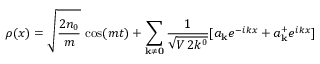
\rho ( x ) = \sqrt { { \frac { 2 n _ { 0 } } { m } } } \, \cos ( m t ) + \sum _ { { \bf k } \ne { \bf 0 } } { \frac { 1 } { \sqrt { V \, 2 k ^ { 0 } } } } [ a _ { \bf k } e ^ { - i k x } + a _ { \bf k } ^ { + } e ^ { i k x } ]